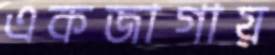
একজাগায়